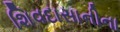
શિવદાસાનીના